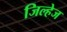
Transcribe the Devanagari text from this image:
जिल्हेज